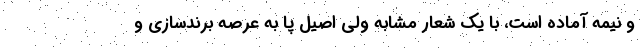
و نیمه آماده است، با یک شعار مشابه ولی اصیل پا به عرصه برندسازی و